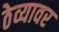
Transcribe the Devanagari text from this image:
ठेव्यावर